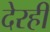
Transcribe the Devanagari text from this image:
देरही